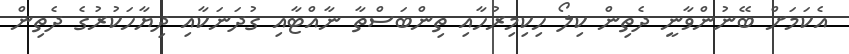
އެކަމަށް ބޭނުންވާނީ ދެތިން ކިލޯ ހިކިމިރުހާއި ތިންބަސްތާ ނާއްޓާއި ގުދަނަކާއި ދިޔާހަކުރުގެ ދެތިން